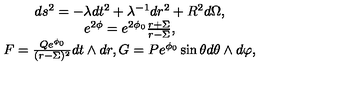
\begin{array} { c } { d s ^ { 2 } = - \lambda d t ^ { 2 } + \lambda ^ { - 1 } d r ^ { 2 } + R ^ { 2 } d \Omega , } \\ { e ^ { 2 \phi } = e ^ { 2 \phi _ { 0 } } \frac { r + \Sigma } { r - \Sigma } , } \\ { F = \frac { Q e ^ { \phi _ { 0 } } } { ( r - \Sigma ) ^ { 2 } } d t \wedge d r , G = P e ^ { \phi _ { 0 } } \sin \theta d \theta \wedge d \varphi , } \\ \end{array}